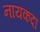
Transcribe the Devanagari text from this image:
नायकदा